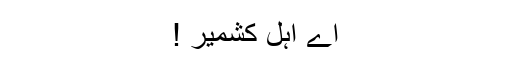
اے اہل کشمیر !